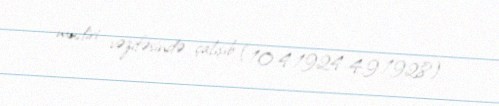
müdiri vəzifəsində çalışıb (10.4.1924-4.9.1928).